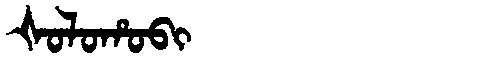
Manchu: ᡧᠣᠯᠣᡥᠣᠪᡳ
Romanization: ŠOLOHOBI